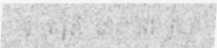
យក ត្រី នោះ ទៅ ថ្វាយ